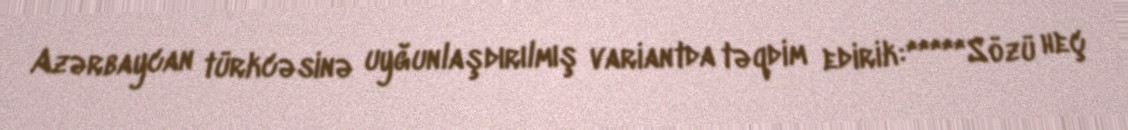
Azərbaycan türkcəsinə uyğunlaşdırılmış variantda təqdim edirik:*****Sözü heç